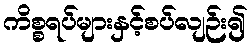
ကိစ္စရပ်များနှင့်စပ်လျဉ်း၍